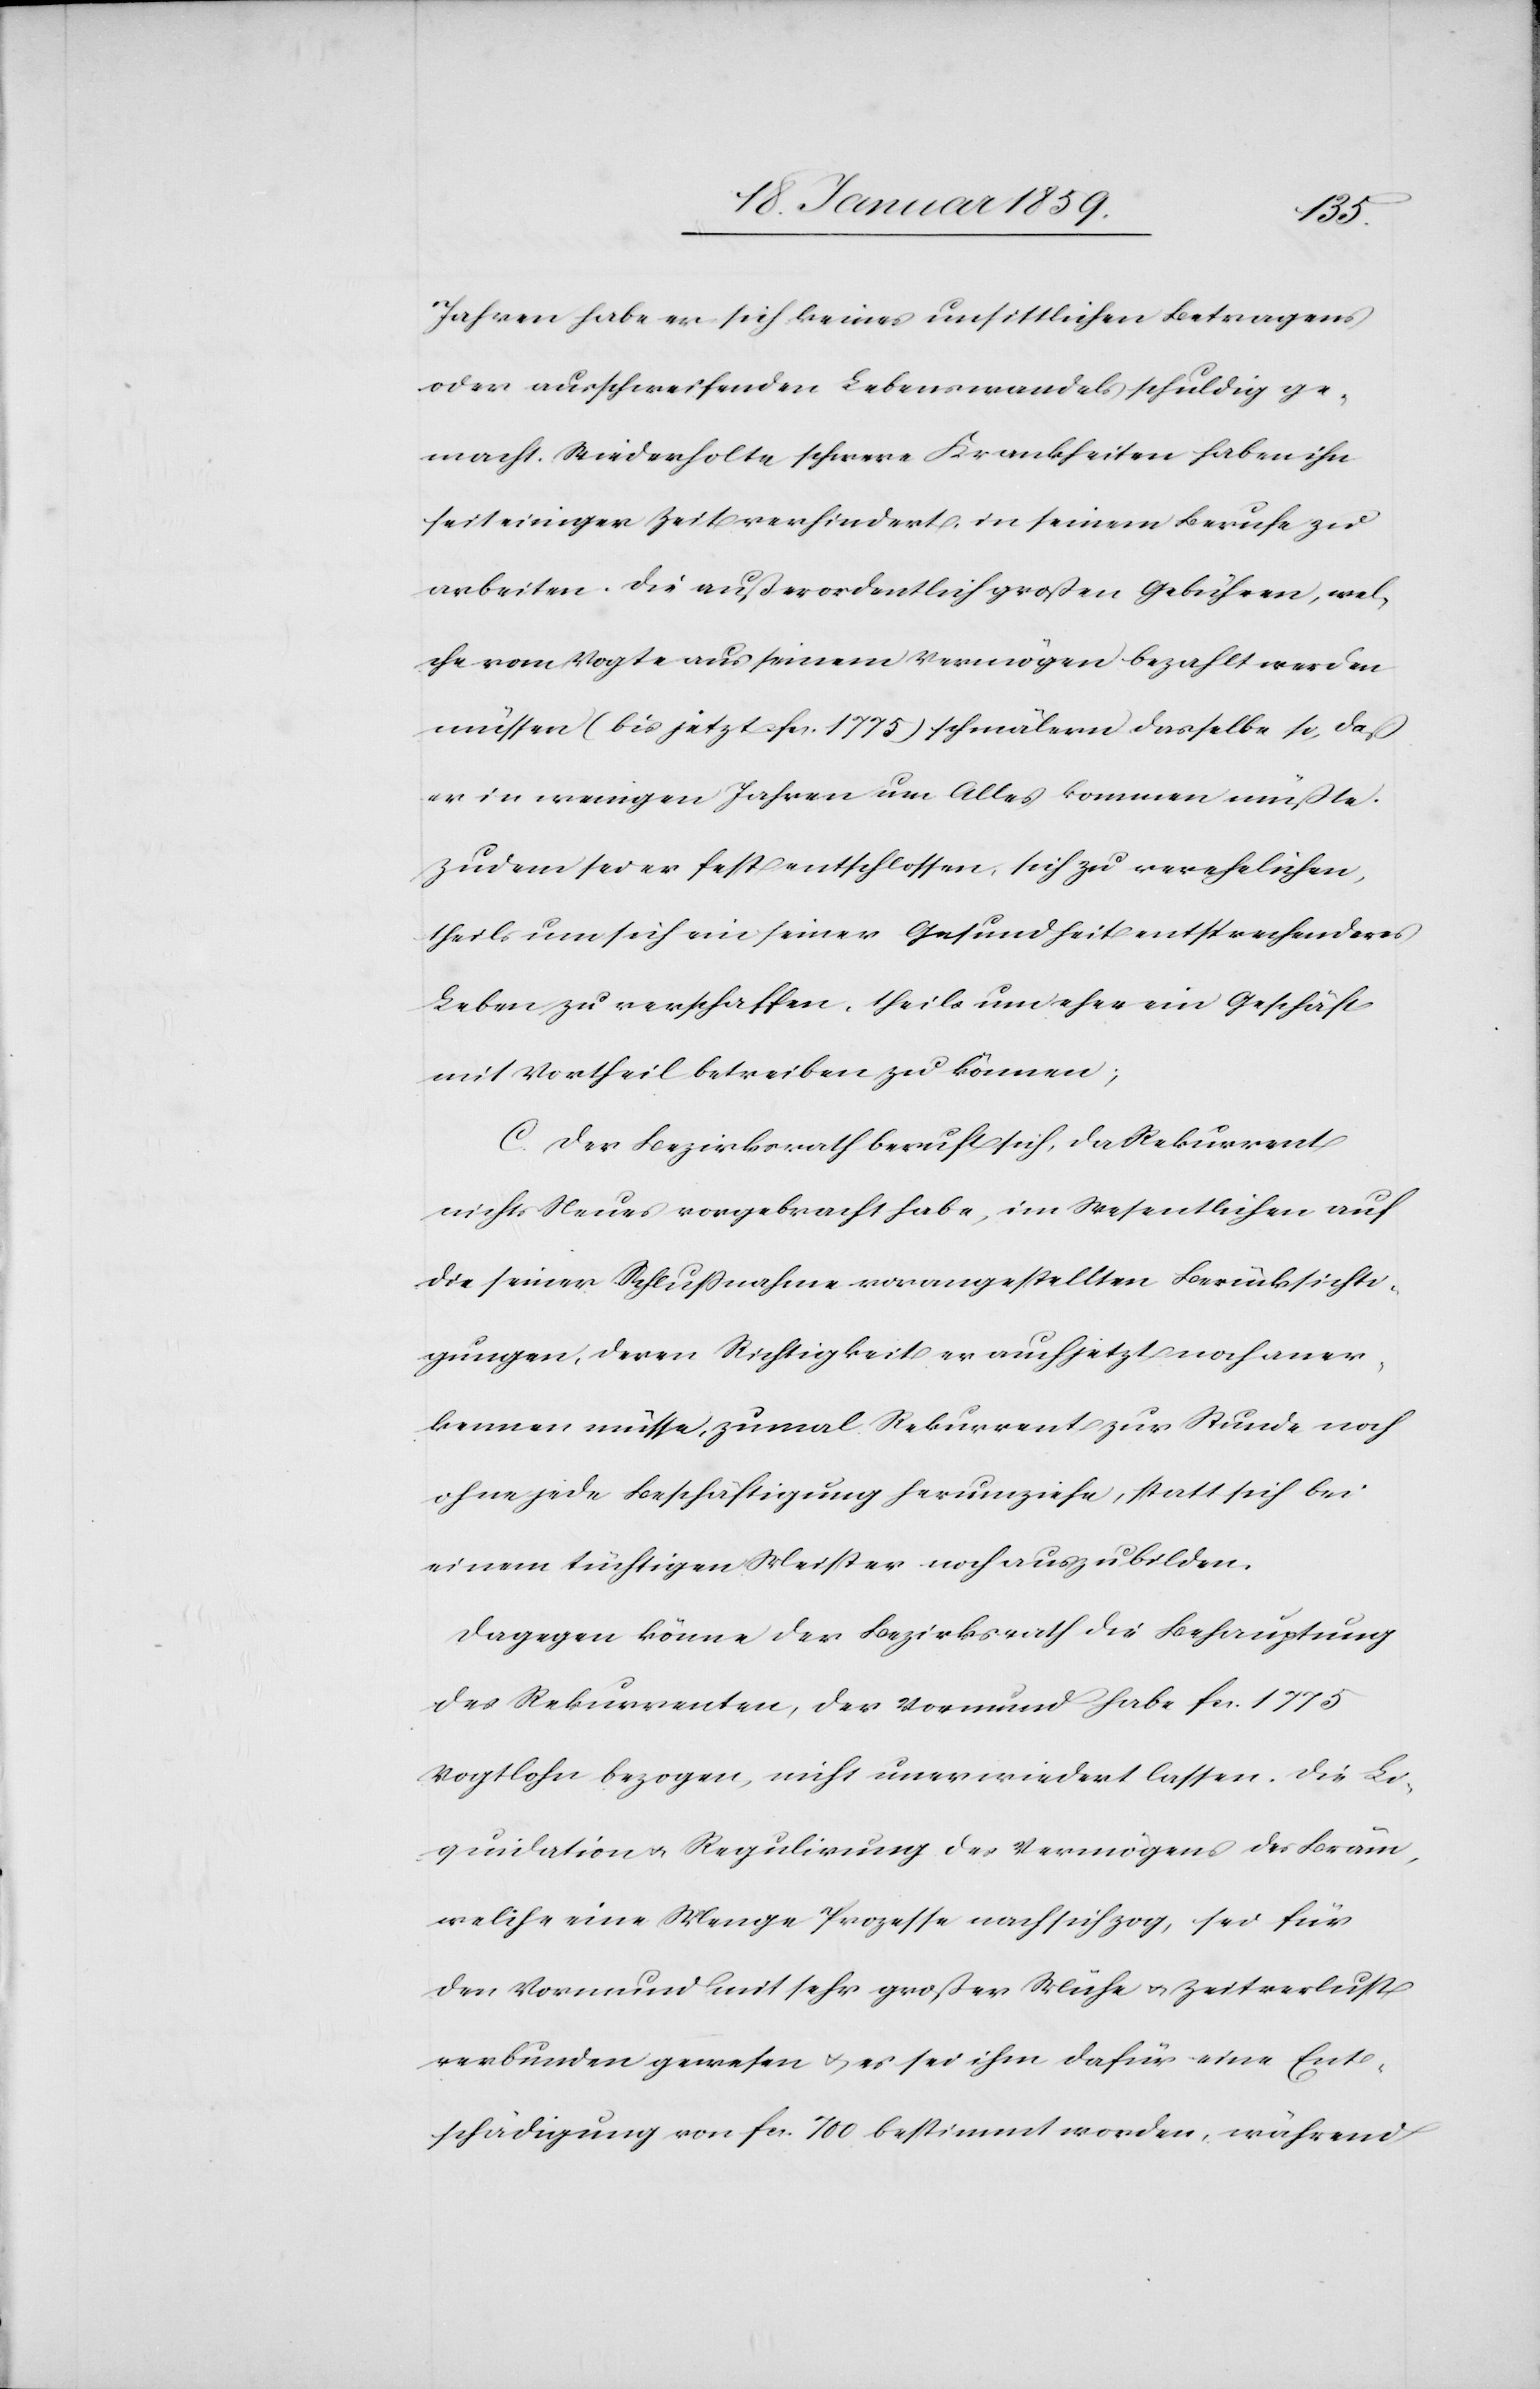
Jahren habe er sich keines unsittlichen Betragens
oder ausschweifenden Lebenswandels schuldig ge¬
macht. Wiederholte schwere Krankheiten haben ihn
seit einiger Zeit verhindert, in seinem Berufe zu
arbeiten. Die außerordentlich großen Gebühren, wel¬
che vom Vogte aus seinem Vermögen bezahlt werden
müssen (bis jetzt fcs. 1775) schmälern dasselbe so, daß
er in wenigen Jahren um Alles kommen müßte.
Zudem sei er fest entschlossen, sich zu verehelichen,
theils um sich ein seiner Gesundheit entsprechendes
Leben zu verschaffen, theils um eher ein Geschäft
mit Vortheil betreiben zu können;
C. Der Bezirksrath beruft sich, da Rekurrent
nichts Neues vorgebracht habe, im Wesentlichen auf
die seiner Schlußnahme vorangestellten Berücksichti¬
gungen, deren Richtigkeit er auch jetzt noch aner¬
kennen müsse, zumal Rekurrent zur Stunde noch
ohne jede Beschäftigung herumziehe, statt sich bei
einem tüchtigen Meister noch auszubilden.
Dagegen könne der Bezirksrath die Behauptung
des Rekurrenten, der Vormund habe fcs. 1775
Vogtlohn bezogen, nicht unerwiedert lassen. Die Li¬
quidation u. Regulirung des Vermögens des Bräm,
welche eine Menge Prozesse nach sich zog, sei für
den Vormund mit sehr großer Mühe u. Zeitverlust
verbunden gewesen u. es sei ihm dafür eine Ent¬
schädigung von fcs. 700 bestimmt worden, während